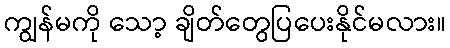
ကျွန်မကို သော့ ချိတ်တွေပြပေးနိုင်မလား။